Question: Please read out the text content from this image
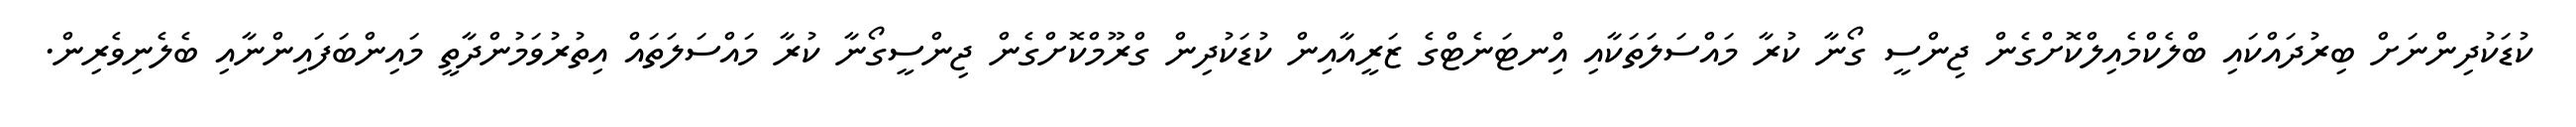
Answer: ކުޑަކުދިންނަށް ބިރުދައްކައި ބްލެކްމެއިލްކޮށްގެން ޖިންސީ ގޯނާ ކުރާ މައްސަލަތަކާއި އިްނޓަނެޓްގެ ޒަރީއާއިން ކުޑަކުދިން ގްރޫމްކޮށްގެން ޖިންސީގޯނާ ކުރާ މައްސަލަތައް އިތުރުވަމުންދާތީ މައިންބަފައިންނާއި ބެލެނިވެރިން.